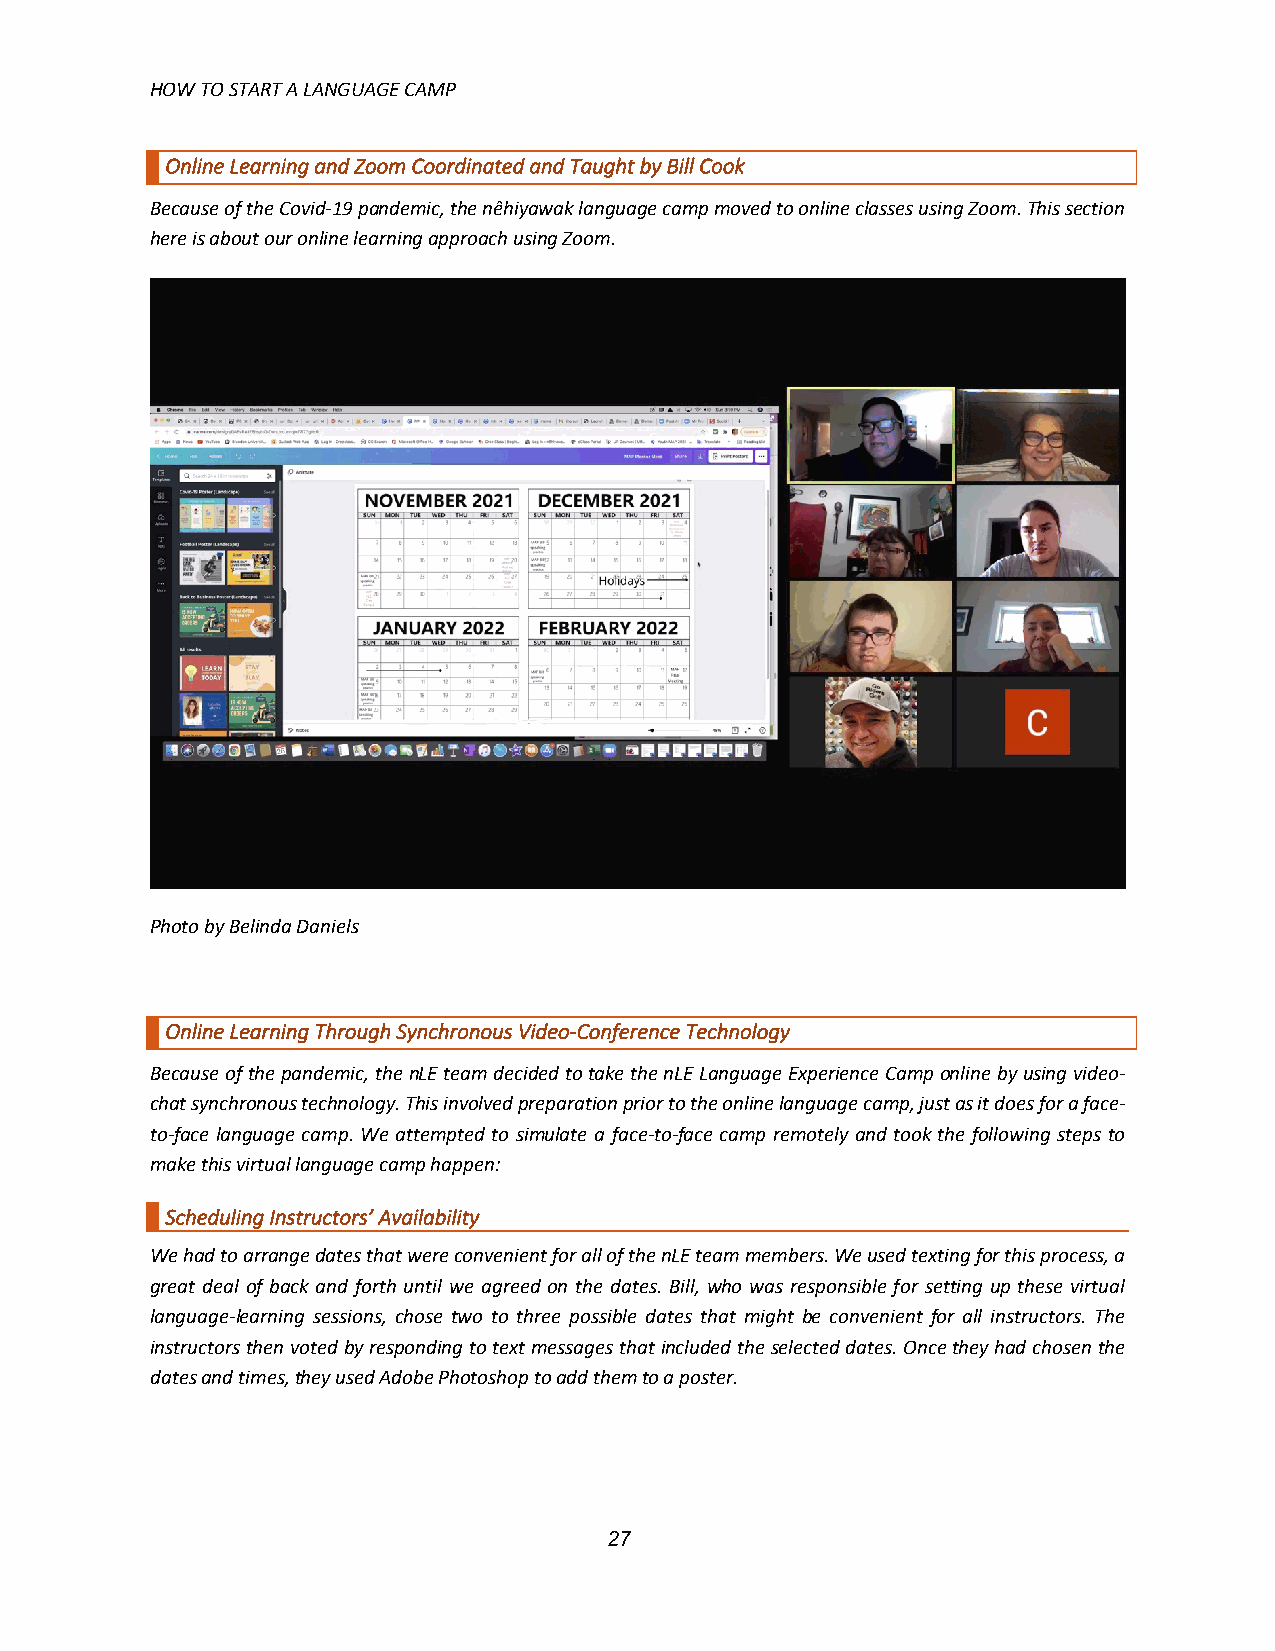
HOW TO START A LANGUAGE CAMP
 Online Learning and Zoom Coordinated and Taught by Bill Cook
 Because of the Covid-19 pandemic, the nêhiyawak language camp moved to online classes using Zoom. This section
 here is about our online learning approach using Zoom.
 Photo by Belinda Daniels
 Online Learning Through Synchronous Video-Conference Technology
 Because of the pandemic, the nLE team decided to take the nLE Language Experience Camp online by using video-
 chat synchronous technology. This involved preparation prior to the online language camp, just as it does for a face-
 to-face language camp. We attempted to simulate a face-to-face camp remotely and took the following steps to
 make this virtual language camp happen:
 Scheduling Instructors’ Availability
 We had to arrange dates that were convenient for all of the nLE team members. We used texting for this process, a
 great deal of back and forth until we agreed on the dates. Bill, who was responsible for setting up these virtual
 language-learning sessions, chose two to three possible dates that might be convenient for all instructors. The
 instructors then voted by responding to text messages that included the selected dates. Once they had chosen the
 dates and times, they used Adobe Photoshop to add them to a poster.
 27